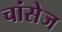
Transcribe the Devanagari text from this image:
चांसेज